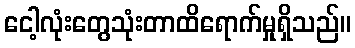
ငေါ့လုံးတွေသုံးတာထိရောက်မှုရှိသည်။